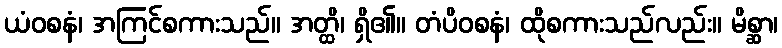
ယံဝစနံ၊ အကြင်စကားသည်။ အတ္ထိ၊ ရှိ၏။ တံပိဝစနံ၊ ထိုစကားသည်လည်း။ မိစ္ဆာ၊